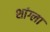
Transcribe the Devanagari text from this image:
शांग्ला